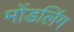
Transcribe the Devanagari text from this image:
मोंडलिंग